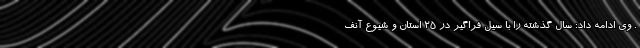
. وی ادامه داد: سال گذشته را با سیل فراگیر در ۲۵ استان و شیوع آنف